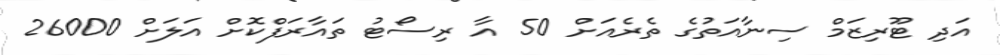
އަދި ޓޫރިޒަމް ސިނާއަތުގެ ތެރެއަށް 50 އާ ރިސޯޓު ތައާރަފްކޮށް އަލަށް 26000